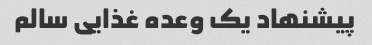
پیشنهاد یک وعده غذایی سالم